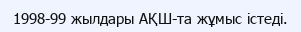
1998-99 жылдары АҚШ-та жұмыс істеді.